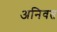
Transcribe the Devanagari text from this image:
अनिवत